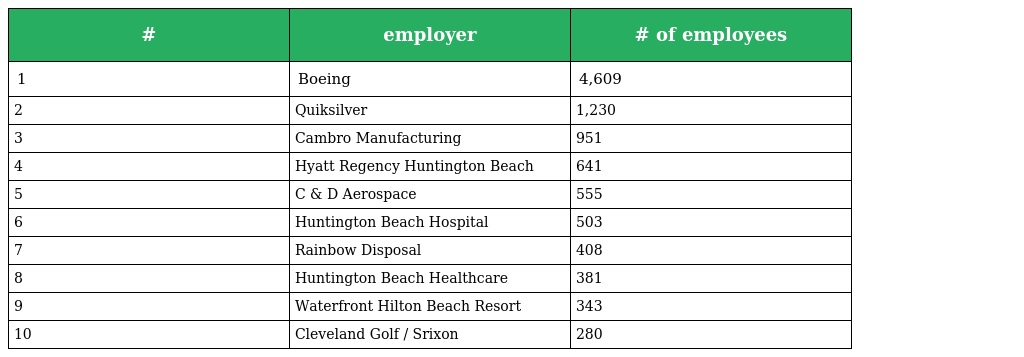
| # | employer | # of employees |
 | --- | --- | --- |
 | 1 | Boeing | 4,609 |
 | 2 | Quiksilver | 1,230 |
 | 3 | Cambro Manufacturing | 951 |
 | 4 | Hyatt Regency Huntington Beach | 641 |
 | 5 | C & D Aerospace | 555 |
 | 6 | Huntington Beach Hospital | 503 |
 | 7 | Rainbow Disposal | 408 |
 | 8 | Huntington Beach Healthcare | 381 |
 | 9 | Waterfront Hilton Beach Resort | 343 |
 | 10 | Cleveland Golf / Srixon | 280 |